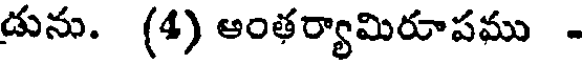
డును. (4) ఆంతర్యామిరూపము -